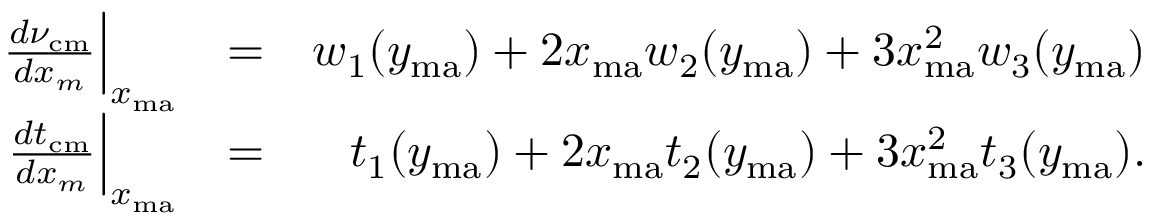
\begin{array} { r l r } { \frac { d \nu _ { \mathrm { c m } } } { d x _ { m } } \Big | _ { x _ { \mathrm { m a } } } } & { = } & { w _ { 1 } ( y _ { \mathrm { m a } } ) + 2 x _ { \mathrm { m a } } w _ { 2 } ( y _ { \mathrm { m a } } ) + 3 x _ { \mathrm { m a } } ^ { 2 } w _ { 3 } ( y _ { \mathrm { m a } } ) } \\ { \frac { d t _ { \mathrm { c m } } } { d x _ { m } } \Big | _ { x _ { \mathrm { m a } } } } & { = } & { t _ { 1 } ( y _ { \mathrm { m a } } ) + 2 x _ { \mathrm { m a } } t _ { 2 } ( y _ { \mathrm { m a } } ) + 3 x _ { \mathrm { m a } } ^ { 2 } t _ { 3 } ( y _ { \mathrm { m a } } ) . } \end{array}